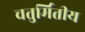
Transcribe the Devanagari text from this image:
चतुर्मितीय